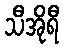
သီအိုရီ